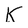
Character: K